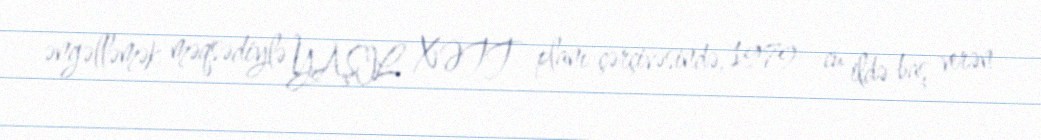
əngəlləmək məqsədiylə YAŞIL XƏTT planı çərçivəsində, 1979--cu ildə baş verən